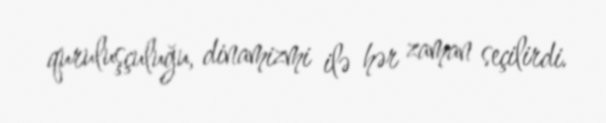
quruluşçuluğu, dinamizmi ilə hər zaman seçilirdi.